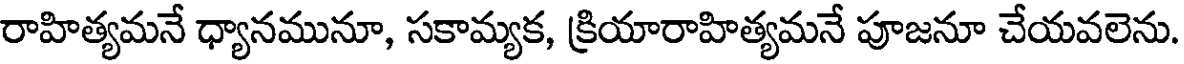
రాహిత్యమనే ధ్యానమునూ, సకామ్యక, క్రియారాహిత్యమనే పూజనూ చేయవలెను.